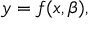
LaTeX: y = f ( x , { \boldsymbol { \beta } } ) ,